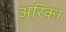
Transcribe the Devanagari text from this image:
अरिका